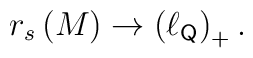
r_s\left( M\right) \rightarrow \left( \ell _{{\sf Q}}\right) _{+}.